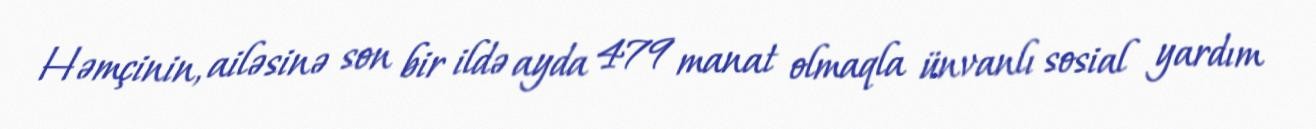
Həmçinin, ailəsinə son bir ildə ayda 479 manat olmaqla ünvanlı sosial yardım